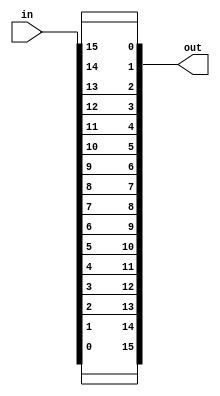
/* $Author: Amanda Becker $ */
/* $LastChangedDate: 2019-03-01 18:01 (Fri, 15 March 2019) $ */
/* $Rev: 46 $ */
module mirror(in, out);

    input [15:0] in;
    output [15:0] out;

    assign out[0] = in[15];
    assign out[1] = in[14];
    assign out[2] = in[13];
    assign out[3] = in[12];
    assign out[4] = in[11];
    assign out[5] = in[10];
    assign out[6] = in[9];
    assign out[7] = in[8];
    assign out[8] = in[7];
    assign out[9] = in[6];
    assign out[10] = in[5];
    assign out[11] = in[4];
    assign out[12] = in[3];
    assign out[13] = in[2];
    assign out[14] = in[1];
    assign out[15] = in[0];
	
endmodule